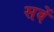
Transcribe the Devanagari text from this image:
सवें